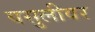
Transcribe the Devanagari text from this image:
वसुलीवर